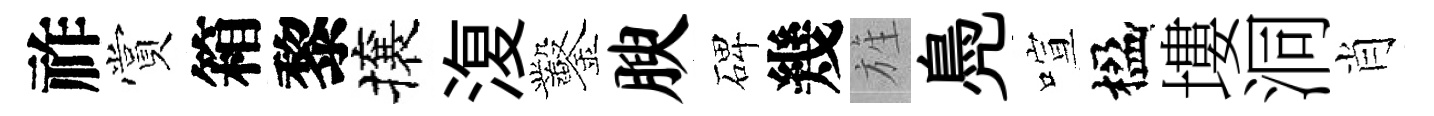
祚賞箱黎攘𣸪鑿腴碑幾旌鳧喧楹塿洞肖